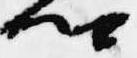
卿